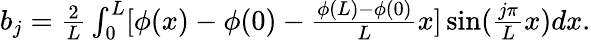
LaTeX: \begin{array}{r}{b_{j}=\frac{2}{L}\int_{0}^{L}[\phi(x)-\phi(0)-\frac{\phi(L)-\phi(0)}{L}x]\sin(\frac{j\pi}{L}x)dx.}\end{array}